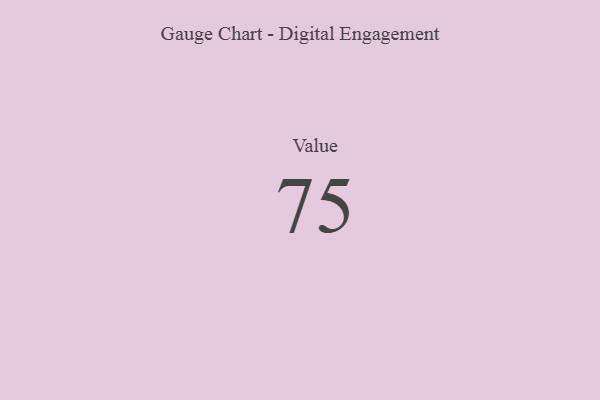
{"axis": {"x": "Metric", "y": "Value"}, "legend": [""], "data": [{"x": "Value", "y": 75, "type": ""}]}